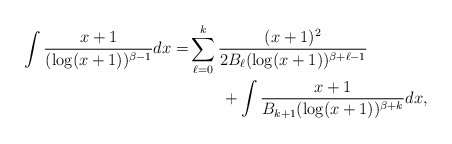
\begin{align*}\begin{aligned} \int \frac{x+1}{(\log(x+1))^{\beta-1}}dx=&\sum_{\ell=0}^k\frac{(x+1)^2}{2B_\ell (\log(x+1))^{\beta+\ell-1}}\\ &\qquad+\int\frac{x+1}{B_{k+1}(\log(x+1))^{\beta+k}}dx, \end{aligned}\end{align*}